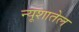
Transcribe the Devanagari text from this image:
न्यूशातेल